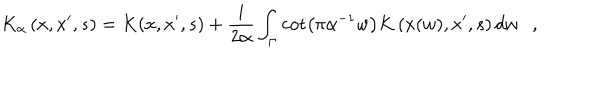
K _ { \alpha } \left( x , x ^ { \prime } , s \right) = K ( x , x ^ { \prime } , s ) + { \frac { i } { 2 \alpha } } \int _ { \Gamma } \cot \left( \pi \alpha ^ { - 1 } w \right) K \left( x ( w ) , x ^ { \prime } , s \right) d w ,